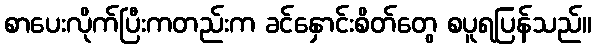
စာပေးလိုက်ပြီးကတည်းက ခင်နှောင်းစိတ်တွေ စပူရပြန်သည်။